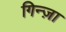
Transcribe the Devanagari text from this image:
गिन्ज़ा